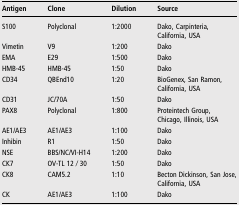
<table><thead><tr><td><b>Antigen</b></td><td><b>Clone</b></td><td><b>Dilution</b></td><td><b>Source</b></td></tr></thead><tbody><tr><td>S100</td><td>Polyclonal</td><td>1:2000</td><td>Dako, Carpinteria, California, USA</td></tr><tr><td>Vimetin</td><td>V9</td><td>1:200</td><td>Dako</td></tr><tr><td>EMA</td><td>E29</td><td>1:500</td><td>Dako</td></tr><tr><td>HMB-45</td><td>HMB-45</td><td>1:50</td><td>Dako</td></tr><tr><td>CD34</td><td>QBEnd10</td><td>1:20</td><td>BioGenex, San Ramon, California, USA</td></tr><tr><td>CD31</td><td>JC/70A</td><td>1:50</td><td>Dako</td></tr><tr><td>PAX8</td><td>Polyclonal</td><td>1:800</td><td>Proteintech Group, Chicago, Illinois, USA</td></tr><tr><td>AE1/AE3</td><td>AE1/AE3</td><td>1:100</td><td>Dako</td></tr><tr><td>Inhibin</td><td>R1</td><td>1:50</td><td>Dako</td></tr><tr><td>NSE</td><td>BBS/NC/VI-H14</td><td>1:200</td><td>Dako</td></tr><tr><td>CK7</td><td>OV-TL 12 ⁄ 30</td><td>1:50</td><td>Dako</td></tr><tr><td>CK8</td><td>CAM5.2</td><td>1:10</td><td>Becton Dickinson, San Jose, California, USA</td></tr><tr><td>CK</td><td>AE1/AE3</td><td>1:100</td><td>Dako</td></tr></tbody></table>